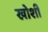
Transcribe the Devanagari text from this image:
खोशी